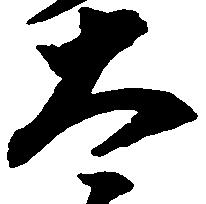
太